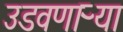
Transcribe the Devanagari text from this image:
उडवणाऱ्या